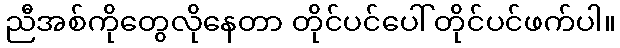
ညီအစ်ကိုတွေလိုနေတာ တိုင်ပင်ပေါ် တိုင်ပင်ဖက်ပါ။